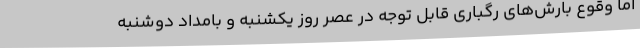
اما وقوع بارش‌های رگباری قابل توجه در عصر روز یکشنبه و بامداد دوشنبه